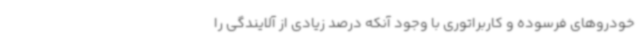
خودروهای فرسوده و کاربراتوری با وجود آنکه درصد زیادی از آلایندگی را